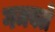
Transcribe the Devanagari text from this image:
गमवले